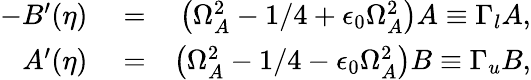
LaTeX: \begin{array}{rlr}{-B^{\prime}(\eta)}&{{}=}&{\left(\Omega_{A}^{2}-1/4+\epsilon_{0}\Omega_{A}^{2}\right)A\equiv\Gamma_{l}A,}\\ {A^{\prime}(\eta)}&{{}=}&{\left(\Omega_{A}^{2}-1/4-\epsilon_{0}\Omega_{A}^{2}\right)B\equiv\Gamma_{u}B,}\end{array}